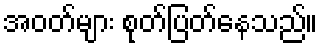
အဝတ်များ စုတ်ပြတ်နေသည်။